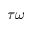
\tau \omega